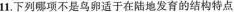
11.下列哪项不是鸟卵适于在陆地发育的结构特点